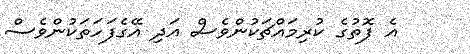
އެ ފޮތުގެ ކުރިމައްޗަކުންވެސް އަދި އޭގެފަހަތަކުންވެސް